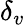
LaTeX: \delta_{v}